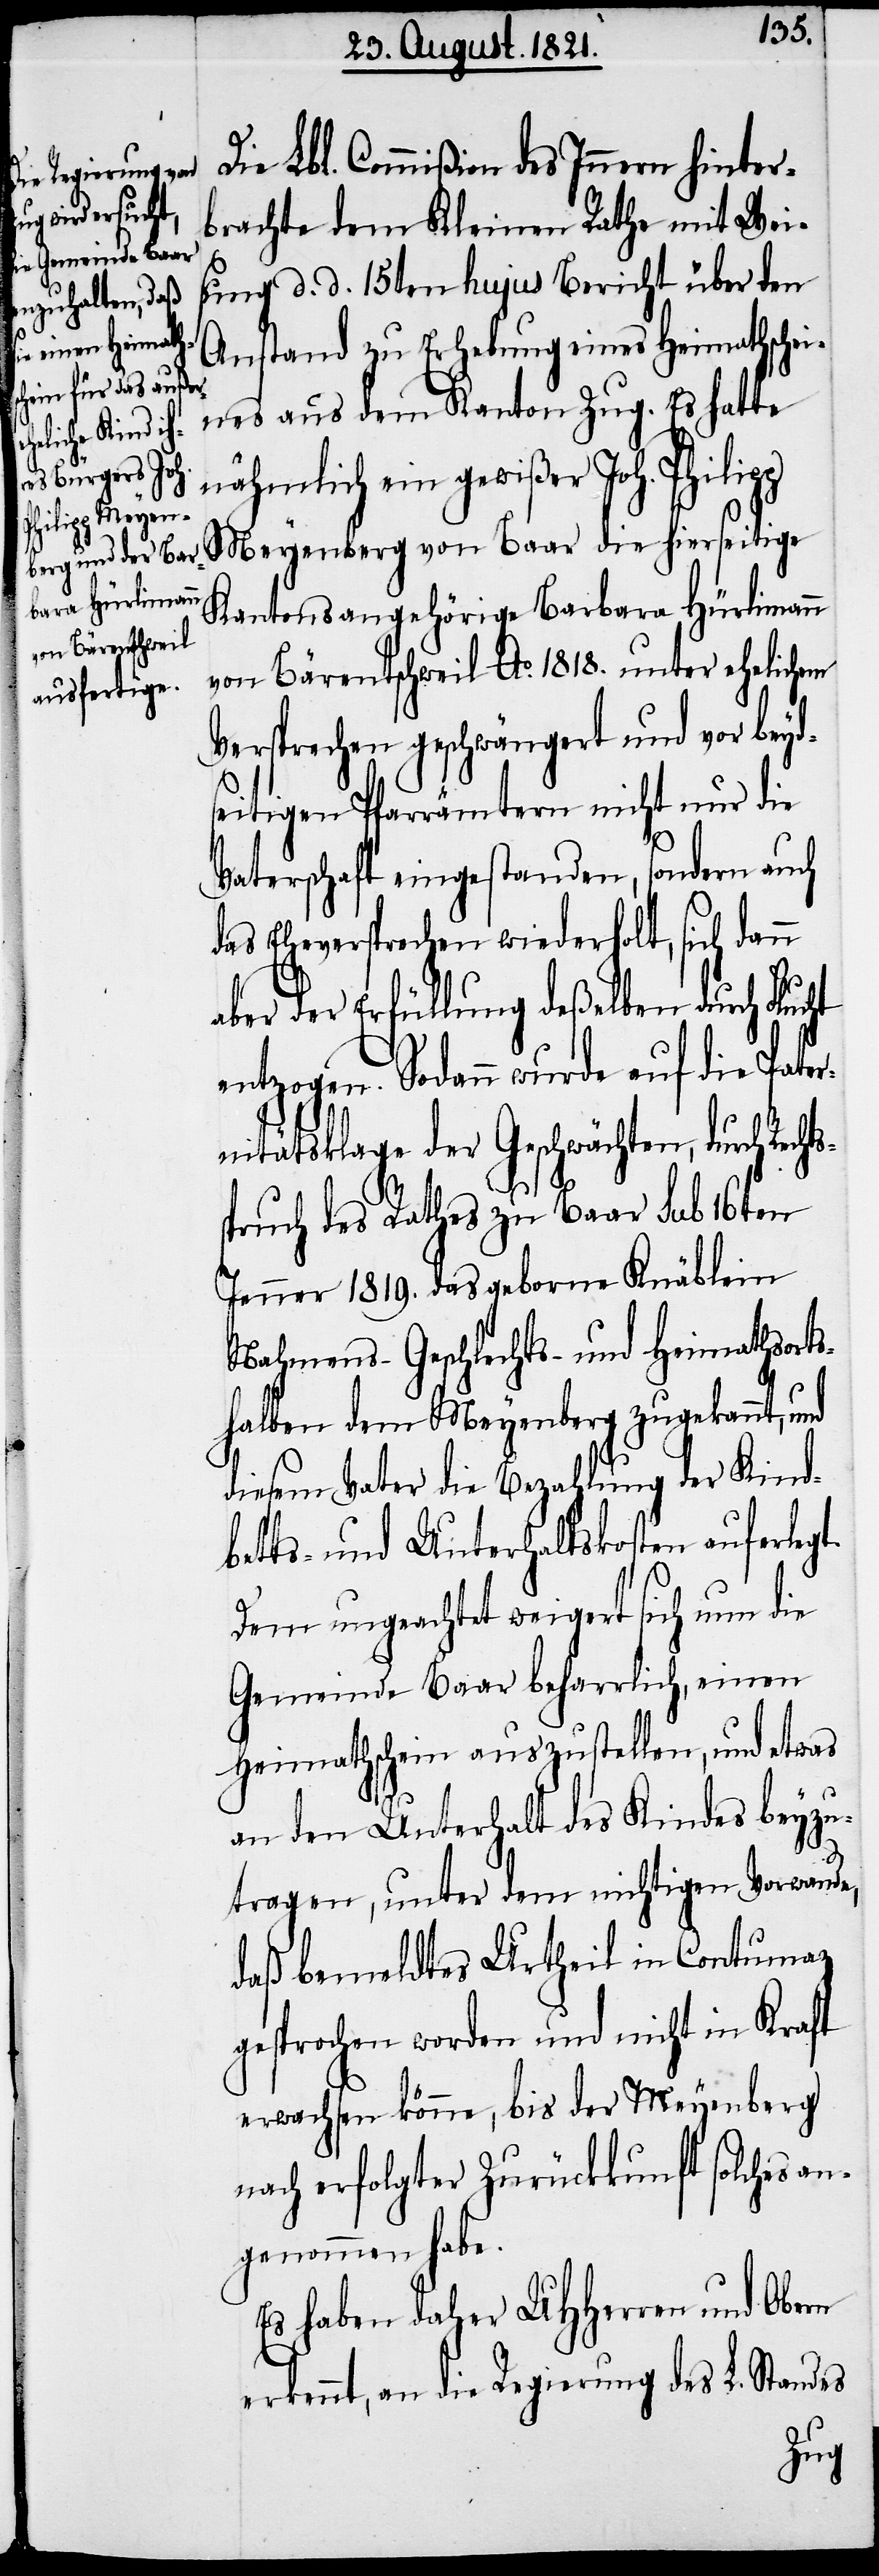
rch Rechts¬
ht

Die Lbl. Commißion des Innern hinter¬
brachte dem Kleinen Rathe mit Wei¬
sung d. d. 15ten hujus Bericht über den
Anstand zu Erhebung eines Heimathschei¬
nes aus dem Kanton Zug. Es hatte
nähmlich ein gewißer Joh. Philipp
Meyenberg von Baar die hierseitige
Kantonsangehörige Barbara Hürlimann
von Bärentschweil Ao. 1818 unter ehelichen
Versprechen geschwängert und vor beyd¬
seitigen Pfarrämtern nicht nur die
Vaterschaft eingestanden, sondern auch
das Eheversprechen wiederholt, sich dan¬
aber der Erfüllung deßelben durch Fluc¬
entzogen. Sodann wurde auf die Pater¬
nitätsklage der Geschwächten, du¬
spruch des Rathes zu Baar sub 16ten
Jenner 1819. das geborne Knäblein
Nahmens- Geschlechts- und Heimathsorts¬
halben dem Meyenberg zuerkannt, und
diesem Vater die Bezahlung der Kind¬
betts- und Unterhaltskosten auferlegt.
Dem ungeachtet weigert sich nun die
Gemeinde Baar beharrlich, einen
Heimathschein auszustellen, und etwas
an den Unterhalt des Kindes beyzu¬
tragen, unter dem nichtigen Vorwande,
daß bemeldtes Urtheil in Contumaz
gesprochen worden und nicht in Kraft
erwachsen könne, bis der Meyenberg
nach erfolgter Zurückkunft solches an¬
genommen habe.
Es haben daher UHHerren und Ober
erkennt, an die Regierung des L. Standes